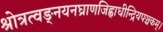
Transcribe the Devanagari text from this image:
श्रोत्रत्वङ्नयनघ्राणजिह्वाधीन्द्रियपञ्चकम्।